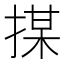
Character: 𢱖